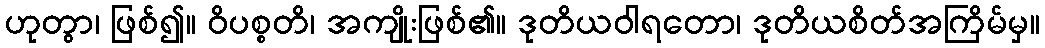
ဟုတွာ၊ ဖြစ်၍။ ဝိပစ္စတိ၊ အကျိုးဖြစ်၏။ ဒုတိယဝါရတော၊ ဒုတိယစိတ်အကြိမ်မှ။